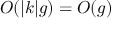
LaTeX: O ( | k | g ) = O ( g )